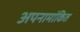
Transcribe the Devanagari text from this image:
अपनामांकित